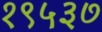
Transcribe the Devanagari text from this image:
१९५३७